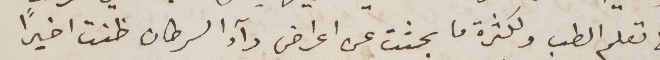
الى تعلم الطب ولكثرة ما بحثت عن اعراض دآء السرطان ظنت أخيرًا